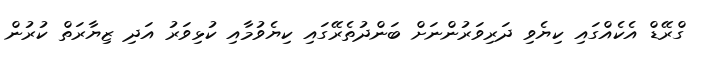
ގްރޭޑް އެކެއްގައި ކިޔެވި ދަރިިވަރުންނަށް ބަންދުތެރޭގައި ކިޔެވުމާއި ކުޅިވަރު އަދި ޒިޔާރަތް ކުރުން